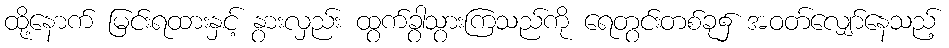
ထို့နောက် မြင်းရထားနှင့် နွားလှည်း ထွက်ခွာသွားကြသည်ကို ရေတွင်းတစ်ခု၌ အဝတ်လျှော်နေသည့်